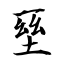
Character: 𡌥